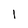
Character: 1